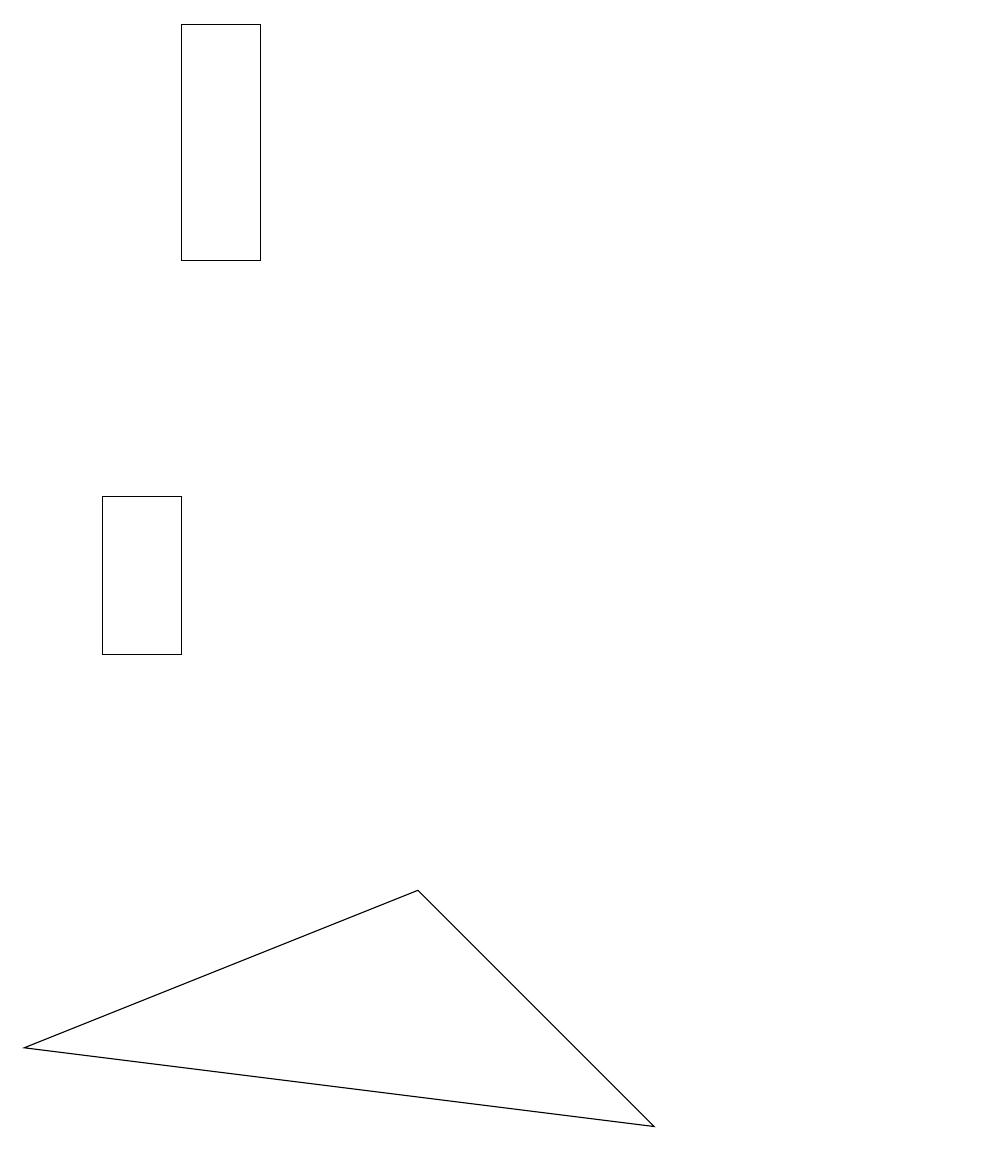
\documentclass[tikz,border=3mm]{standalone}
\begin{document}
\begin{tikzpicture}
\draw (2,12) rectangle (1,10);
\draw (12,11) circle (0);
\draw (5,7) -- (8,4) -- (0,5) -- cycle;
\draw (3,18) rectangle (2,15);
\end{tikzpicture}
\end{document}